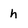
Character: h